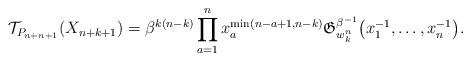
LaTeX: \begin{gather*} {\cal{T}}_{P_{n+n+1}}(X_{n+k+1}) = \beta^{k(n-k)} \prod_{a=1}^{n} x_a^{\min(n-a+1,n-k)} \mathfrak{G}_{w_{k}^{n}}^{\beta^{-1}}\big(x_1^{-1},\dots,x_{n}^{-1}\big). \end{gather*}